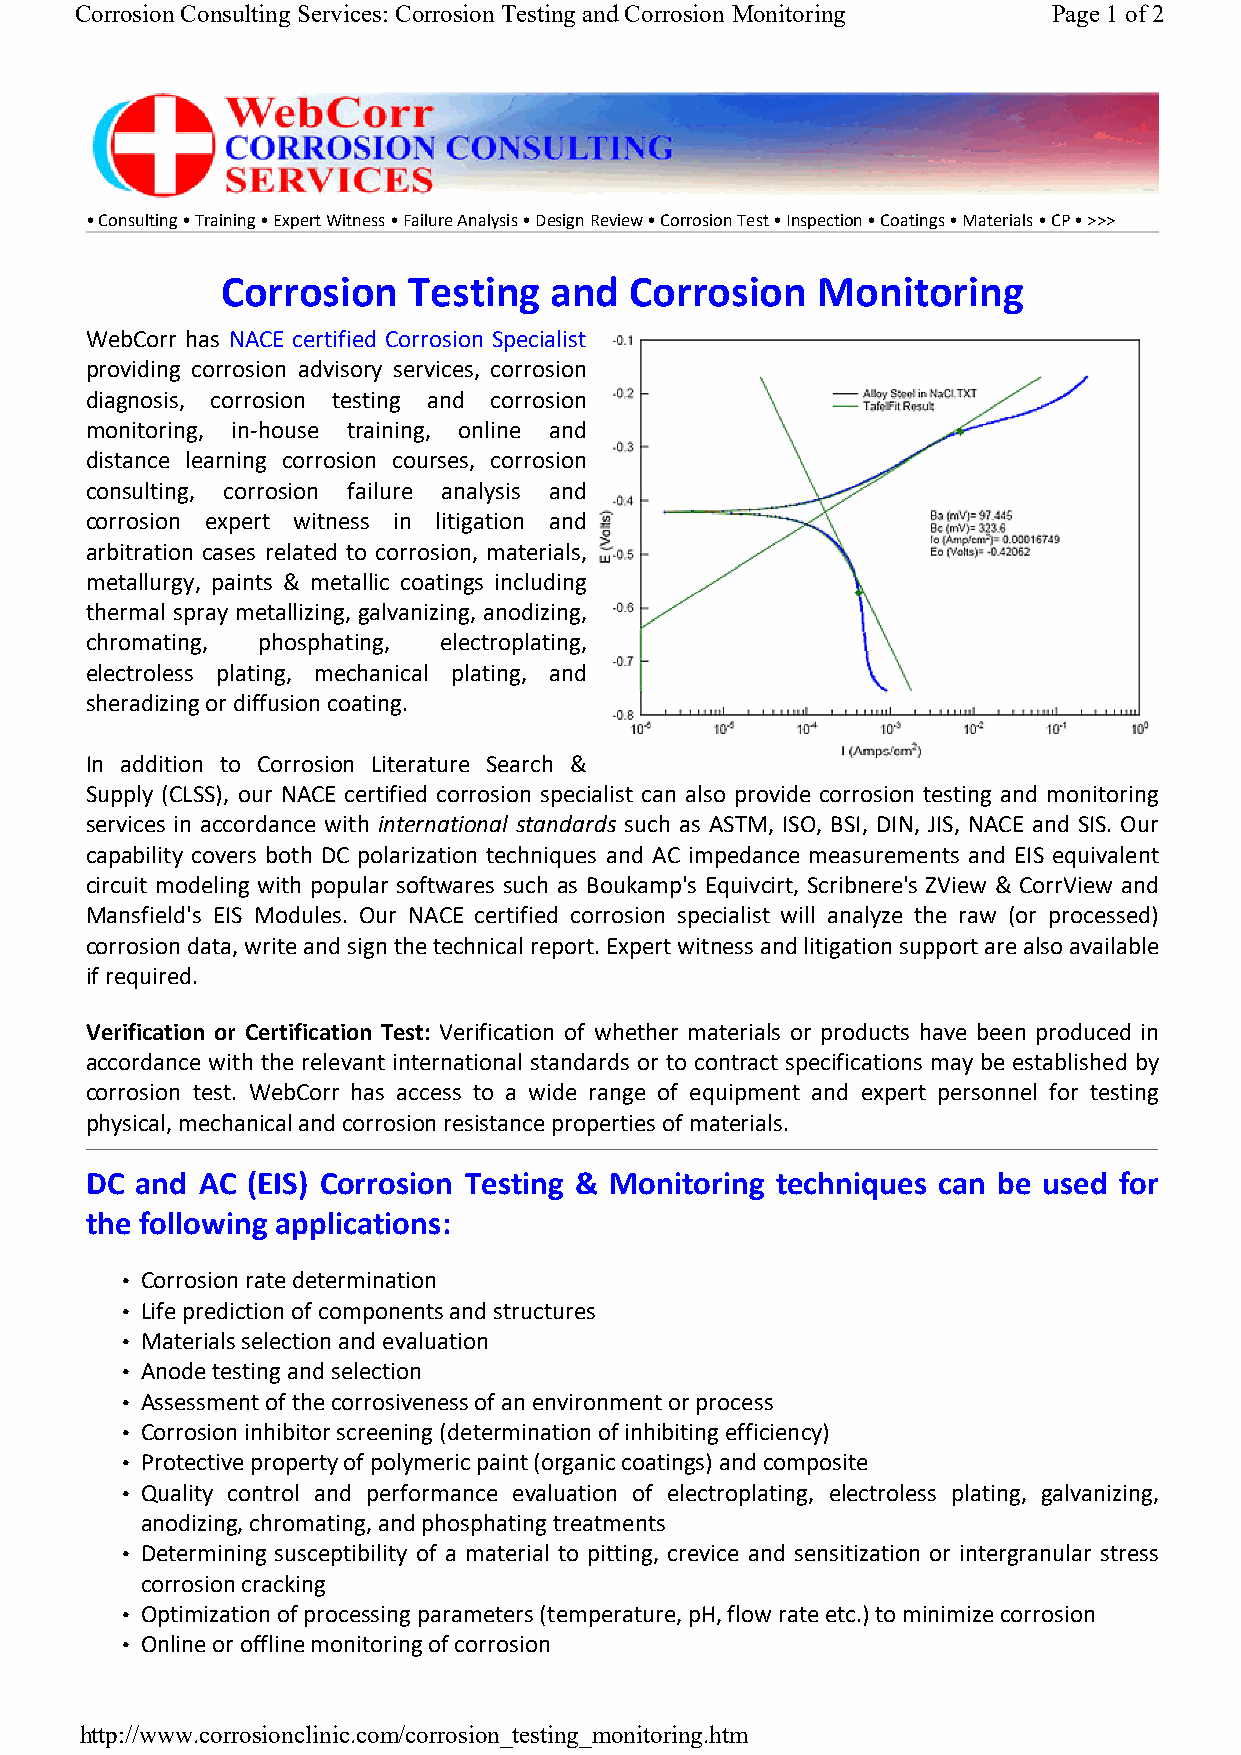
Corrosion Consulting Services: Corrosion Testing and Corrosion Monitoring Page 1of 2
 • Consulting • Training • Expert Witness • Failure Analysis • Design Review • Corrosion Test • Inspection • Coatings • Materials • CP • >>>
 Corrosion   Testing  and   Corrosion   Monitoring
 WebCorr has NACE certified Corrosion Specialist
 providing corrosion advisory services, corrosion
 diagnosis, corrosion testing and corrosion
 monitoring, in-house training, online and
 distance learning corrosion courses, corrosion
 consulting, corrosion failure analysis and
 corrosion expert witness in litigation and
 arbitration cases related to corrosion, materials,
 metallurgy, paints & metallic coatings including
 thermal spray metallizing, galvanizing, anodizing,
 chromating, phosphating, electroplating,
 electroless plating, mechanical plating, and
 sheradizing or diffusion coating.
 In addition to Corrosion Literature Search &
 Supply (CLSS), our NACE certified corrosion specialist can also provide corrosion testing and monitoring
 services in accordance with international standards such as ASTM, ISO, BSI, DIN, JIS, NACE and SIS. Our
 capability covers both DC polarization techniques and AC impedance measurements and EIS equivalent
 circuit modeling with popular softwares such as Boukamp's Equivcirt, Scribnere's ZView & CorrView and
 Mansfield's EIS Modules. Our NACE certified corrosion specialist will analyze the raw (or processed)
 corrosion data, write and sign the technical report. Expert witness and litigation support are also available
 if required.
 Verification or Certification Test: Verification of whether materials or products have been produced in
 accordance with the relevant international standards or to contract specifications may be established by
 corrosion test. WebCorr has access to a wide range of equipment and expert personnel for testing
 physical, mechanical and corrosion resistance properties of materials.
 DC and AC (EIS) Corrosion Testing & Monitoring techniques can be used for
 the following applications:
 • Corrosion rate determination
 • Life prediction of components and structures
 • Materials selection and evaluation
 • Anode testing and selection
 • Assessment of the corrosiveness of an environment or process
 • Corrosion inhibitor screening (determination of inhibiting efficiency)
 • Protective property of polymeric paint (organic coatings) and composite
 • Quality control and performance evaluation of electroplating, electroless plating, galvanizing,
 anodizing, chromating, and phosphating treatments
 • Determining susceptibility of a material to pitting, crevice and sensitization or intergranular stress
 corrosion cracking
 • Optimization of processing parameters (temperature, pH, flow rate etc.) to minimize corrosion
 • Online or offline monitoring of corrosion
 http://www.corrosionclinic.com/corrosion_testing_monitoring.htm